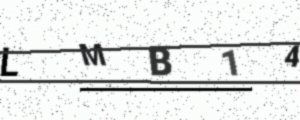
Text: LMB14